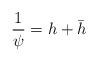
LaTeX: \begin{align*}\frac{1}{\psi}=h+\bar{h}\end{align*}